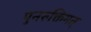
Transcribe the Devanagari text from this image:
पुनरुक्तिमत्